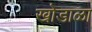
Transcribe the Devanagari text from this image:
खोडाळा